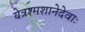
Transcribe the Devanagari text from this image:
येत्रश्मशानेदेवाः